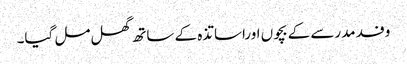
وفد مدرسے کے بچوں اوراساتذہ کے ساتھ گھل مل گیا۔